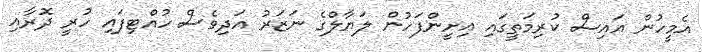
އެމީހުން އައިސް ކުރިމަތީގައި އިށީންފަހުން ލަޔާލްގެ ނަޒަރު އަދިވެސް ހުއްޓިފައި ހުރީ ދޮރާއި